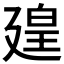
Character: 𪪱